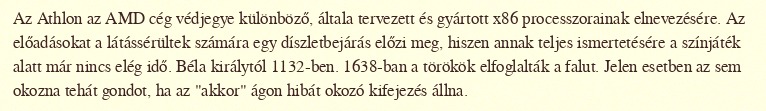
Az Athlon az AMD cég védjegye különböző, általa tervezett és gyártott x86 processzorainak elnevezésére. Az előadásokat a látássérültek számára egy díszletbejárás előzi meg, hiszen annak teljes ismertetésére a színjáték alatt már nincs elég idő. Béla királytól 1132-ben. 1638-ban a törökök elfoglalták a falut. Jelen esetben az sem okozna tehát gondot, ha az "akkor" ágon hibát okozó kifejezés állna.